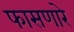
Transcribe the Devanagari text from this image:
फासणारे